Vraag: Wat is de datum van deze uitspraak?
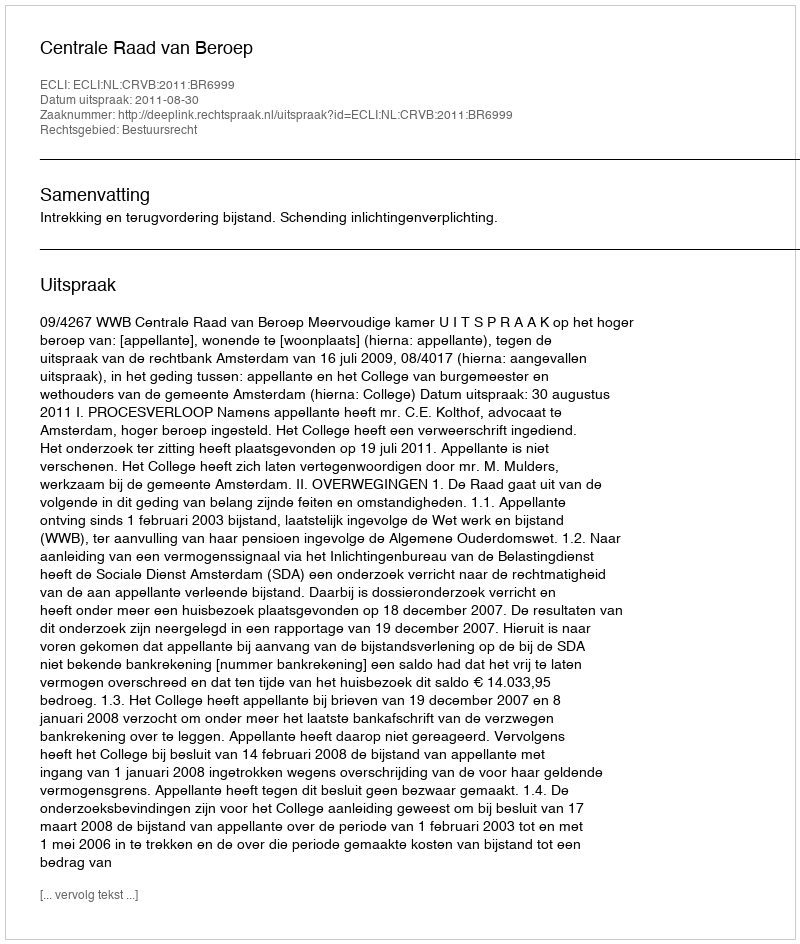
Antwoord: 2011-08-30